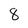
Character: 8